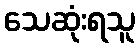
သေဆုံးရသူ